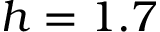
h = 1 . 7